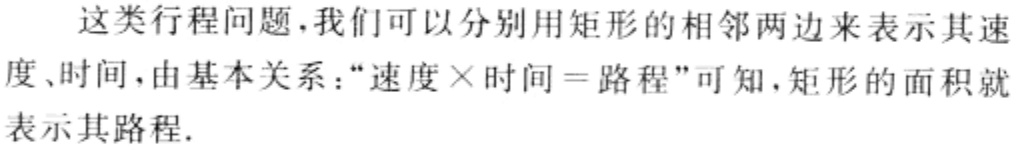
这类行程问题,我们可以分别用矩形的相邻两边来表示其速度、时间,由基本关系：“速度×时间 = 路程”可知,矩形的面积就表示其路程.